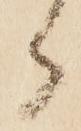
郎